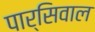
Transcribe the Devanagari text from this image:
पार्सिवाल